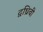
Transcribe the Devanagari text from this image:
द्वध्रिवी